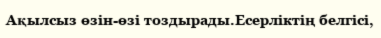
Ақылсыз өзін-өзі тоздырады.Есерліктің белгісі,